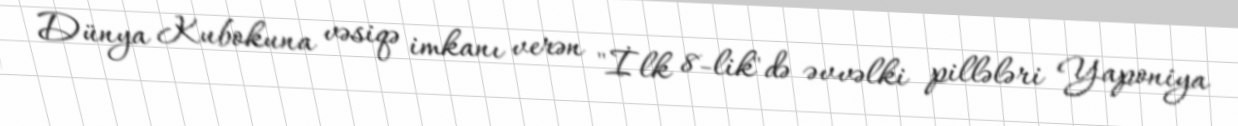
Dünya Kubokuna vəsiqə imkanı verən "İlk 8-lik"də əvvəlki pillələri Yaponiya